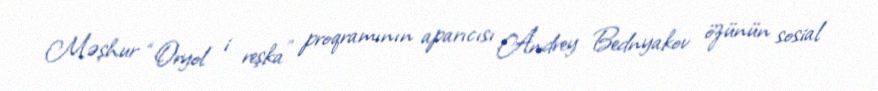
Məşhur “Oryol i reşka” proqramının aparıcısı Andrey Bednyakov özünün sosial